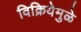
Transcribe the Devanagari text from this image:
विक्रियेमुळे